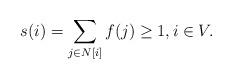
LaTeX: \begin{align*}s(i)=\sum_{j \in N[i]}{f(j)} \geq 1,i \in V.\end{align*}